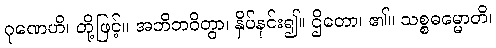
ဂုဏေဟိ၊ တို့ဖြင့်။ အဘိဘဝိတွာ၊ နှိပ်နင်း၍။ ဌိတော၊ ၏။ သစ္စဓမ္မောတိ၊